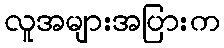
လူအများအပြားက